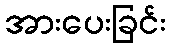
အားပေးခြင်း